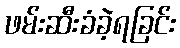
ဖမ်းဆီးခံခဲ့ရခြင်း